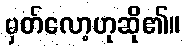
မှတ်လော့ဟုဆို၏။